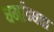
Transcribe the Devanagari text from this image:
धर्मांन्धता